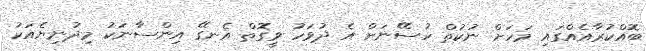
ބޮއްކުރާއެއްގައި މަހަށް ނުކުތް ހުސޭނަށް އެ ދުވަހު ވީގޮތް އެނގޭ އިންސާނަކު މިދުނިޔެއަކު